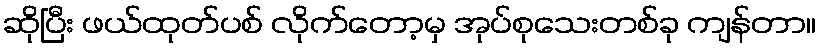
ဆိုပြီး ဖယ်ထုတ်ပစ် လိုက်တော့မှ အုပ်စုသေးတစ်ခု ကျန်တာ။